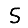
Digit: 5